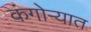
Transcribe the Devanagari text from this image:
कंगोऱ्यात